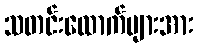
သတင်းထောက်များအား